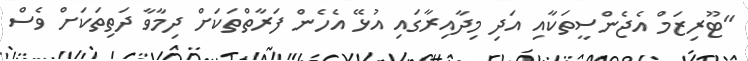
"ޓޫރިޒަމް އެޖެންސީތަކާއި އަދި މިދާއިރާގައި އުޅޭ އެހެން ފަރާތްތަކަށް ދިމާވާ ދަތިތަކަށް ވެސް